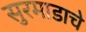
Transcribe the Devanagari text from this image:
सुरमाडाचे